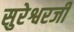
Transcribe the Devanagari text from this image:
सुरेश्वरजी